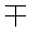
\mp